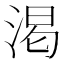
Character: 渇